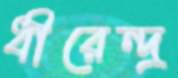
ধীরেন্দ্র